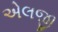
એલજી